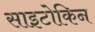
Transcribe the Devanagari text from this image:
साइटोकिन